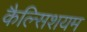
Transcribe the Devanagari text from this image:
कैल्सिशयम